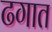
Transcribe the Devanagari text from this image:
ढगात